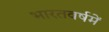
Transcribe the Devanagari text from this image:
भारतवर्षमें